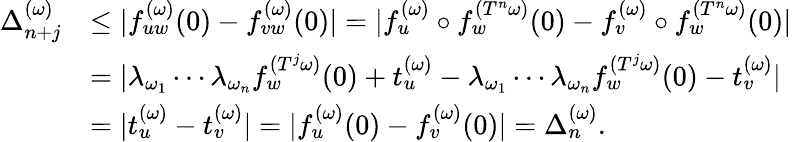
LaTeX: \begin{array}{rl}{\Delta_{n+j}^{(\omega)}}&{\leq|f_{uw}^{(\omega)}(0)-f_{vw}^{(\omega)}(0)|=|f_{u}^{(\omega)}\circ f_{w}^{(T^{n}\omega)}(0)-f_{v}^{(\omega)}\circ f_{w}^{(T^{n}\omega)}(0)|}\\ &{=|\lambda_{\omega_{1}}\cdots\lambda_{\omega_{n}}f_{w}^{(T^{j}\omega)}(0)+t_{u}^{(\omega)}-\lambda_{\omega_{1}}\cdots\lambda_{\omega_{n}}f_{w}^{(T^{j}\omega)}(0)-t_{v}^{(\omega)}|}\\ &{=|t_{u}^{(\omega)}-t_{v}^{(\omega)}|=|f_{u}^{(\omega)}(0)-f_{v}^{(\omega)}(0)|=\Delta_{n}^{(\omega)}.}\end{array}